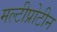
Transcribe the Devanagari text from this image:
मल्टीप्रोटीन